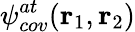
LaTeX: \psi_{cov}^{at}(\textbf{r}_{1},\textbf{r}_{2})